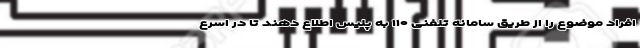
افراد موضوع را از طریق سامانه تلفنی ۱۱۰ به پلیس اطلاع دهند تا در اسرع